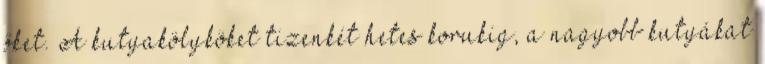
őket. A kutyakölyköket tizenkét hetes korukig, a nagyobb kutyákat